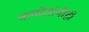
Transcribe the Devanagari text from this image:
नामदेवांनीही